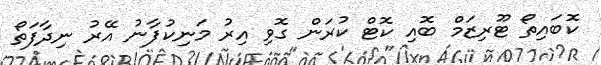
ކޮބައިތޯ ޓޫރިޒަމް ބޮއި ކޮޓް ކުރަން ގޮވި އިރު މަނިކުފާނު އޭރު ނިދާފަތޯ